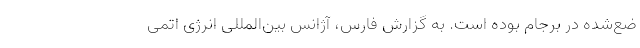
ضع‌شده در برجام بوده است. به گزارش فارس، آژانس بین‌المللی انرژی اتمی